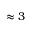
\approx 3